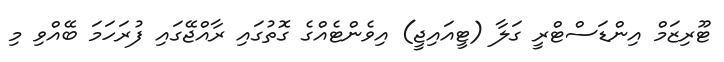
ޓޫރިޒަމް އިންޑަސްޓްރީ ގަލާ (ޓީއައިޖީ) އިވެންޓެއްގެ ގޮތުގައި ރާއްޖޭގައި ފުރަހަމަ ބޭއްވި މި